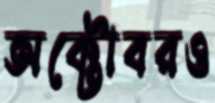
অক্টোবরও